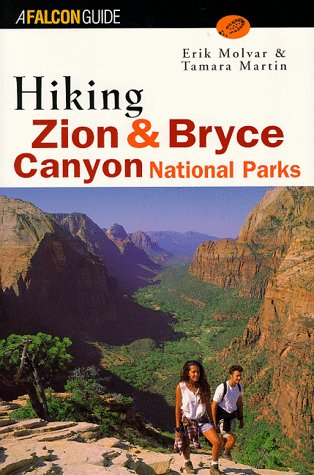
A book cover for Hiking Zion and Bryce Canyon National Parks (Regional Hiking Series); Erik Molvar; Travel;